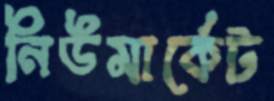
নিউমার্কেট